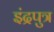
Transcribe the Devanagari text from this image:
इंद्रपुत्र